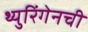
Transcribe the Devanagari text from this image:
थ्युरिंगेनची